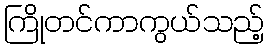
ကြိုတင်ကာကွယ်သည့်